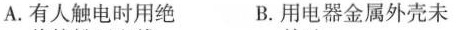
A.有人触电时用绝 B.用电器金属外壳未